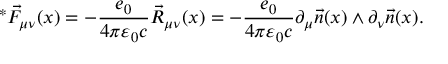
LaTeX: ^ * \vec { F } _ { \mu \nu } ( x ) = - \frac { e _ { 0 } } { 4 \pi \varepsilon _ { 0 } c } \vec { R } _ { \mu \nu } ( x ) = - \frac { e _ { 0 } } { 4 \pi \varepsilon _ { 0 } c } \partial _ { \mu } \vec { n } ( x ) \wedge \partial _ { \nu } \vec { n } ( x ) .